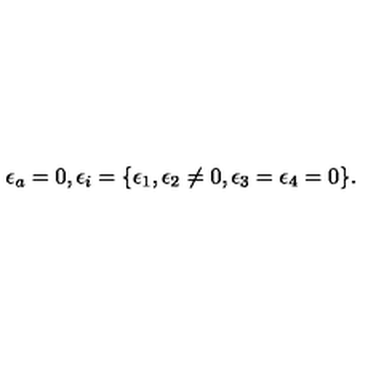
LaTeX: \epsilon _ { a } = 0 , \epsilon _ { i } = \{ \epsilon _ { 1 } , \epsilon _ { 2 } \not = 0 , \epsilon _ { 3 } = \epsilon _ { 4 } = 0 \} .